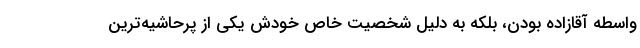
واسطه آقازاده بودن، بلکه به دلیل شخصیت خاص خودش یکی از پرحاشیه‌ترین